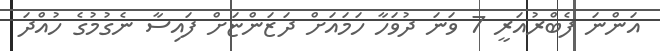
އަންނަ ފެބްރުއަރީ 7 ވަނަ ދުވަހާ ހަމައަށް ދަޒަންޏަށް ފައިސާ ނެގުމުގެ ހުއްދަ